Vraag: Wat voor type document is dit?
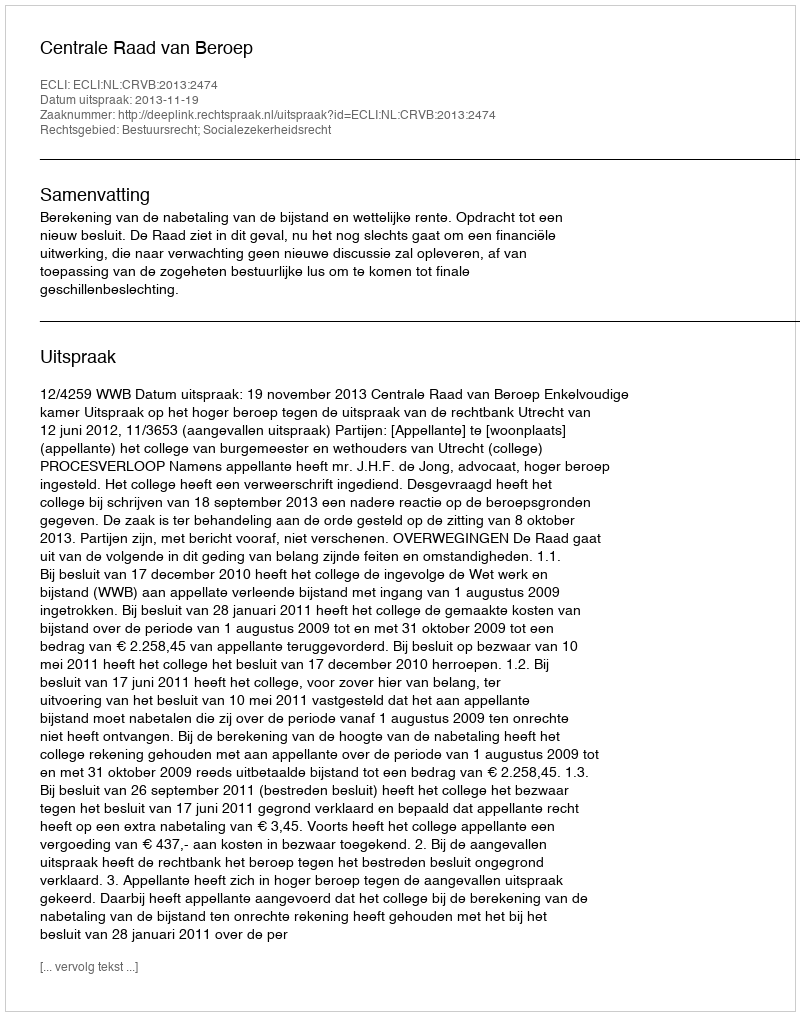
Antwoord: Uitspraak